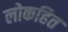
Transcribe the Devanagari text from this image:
लोकहित